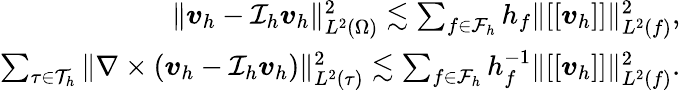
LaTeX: \begin{array}{r}{\| \boldsymbol{v}_{h}-\mathcal{I}_{h}\boldsymbol{v}_{h}\| _{L^{2}(\Omega)}^{2}\lesssim\sum_{f\in\mathcal{F}_{h}}h_{f}\| [[\boldsymbol{v}_{h}]]\| _{L^{2}(f)}^{2},}\\ {\sum_{\tau\in\mathcal{T}_{h}}\| \nabla\times(\boldsymbol{v}_{h}-\mathcal{I}_{h}\boldsymbol{v}_{h})\| _{L^{2}(\tau)}^{2}\lesssim\sum_{f\in\mathcal{F}_{h}}h_{f}^{-1}\| [[\boldsymbol{v}_{h}]]\| _{L^{2}(f)}^{2}.}\end{array}